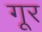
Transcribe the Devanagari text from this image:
गूर